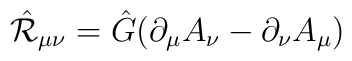
\hat{\cal R}_{\mu\nu}=\hat{G}(	\partial_\mu A_\nu-	\partial_\nu A_\mu)